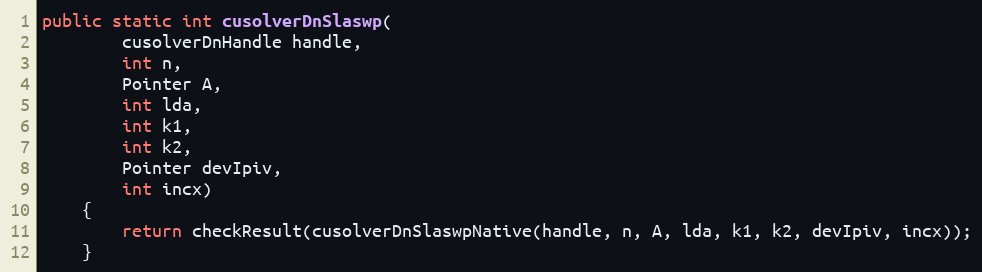
Language: Java
public static int cusolverDnSlaswp(
        cusolverDnHandle handle,
        int n,
        Pointer A,
        int lda,
        int k1,
        int k2,
        Pointer devIpiv,
        int incx)
    {
        return checkResult(cusolverDnSlaswpNative(handle, n, A, lda, k1, k2, devIpiv, incx));
    }